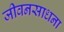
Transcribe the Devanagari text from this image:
जीवनसाधना